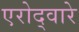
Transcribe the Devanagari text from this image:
एरोद्वारे